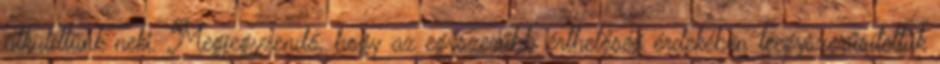
átküldtünk neki. Megjegyzendő, hogy az egyszerűbb érthetőség érdekében leegyszerűsítettük